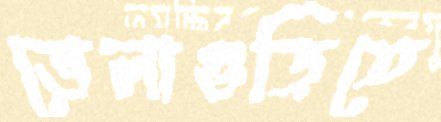
ভেলাগুড়িতে